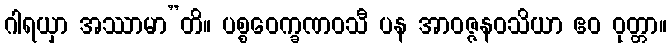
ဂါရယှာ အဿာမာ”တိ။ ပစ္စဝေက္ခဏဝသီ ပန အာဝဇ္ဇနဝသိယာ ဧဝ ဝုတ္တာ။